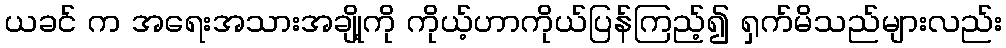
ယခင် က အရေးအသားအချို့ကို ကိုယ့်ဟာကိုယ်ပြန်ကြည့်၍ ရှက်မိသည်များလည်း